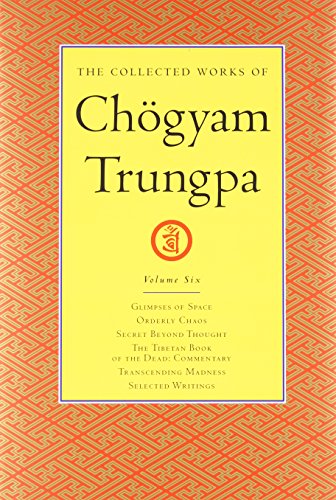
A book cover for The Collected Works of Chogyam Trungpa, Volume 6: Glimpses of Space-Orderly Chaos-Secret Beyond Thought-The Tibetan Book of the Dead: Commentary-Transcending Madness-Selected Writings; Chogyam Trungpa; Religion & Spirituality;